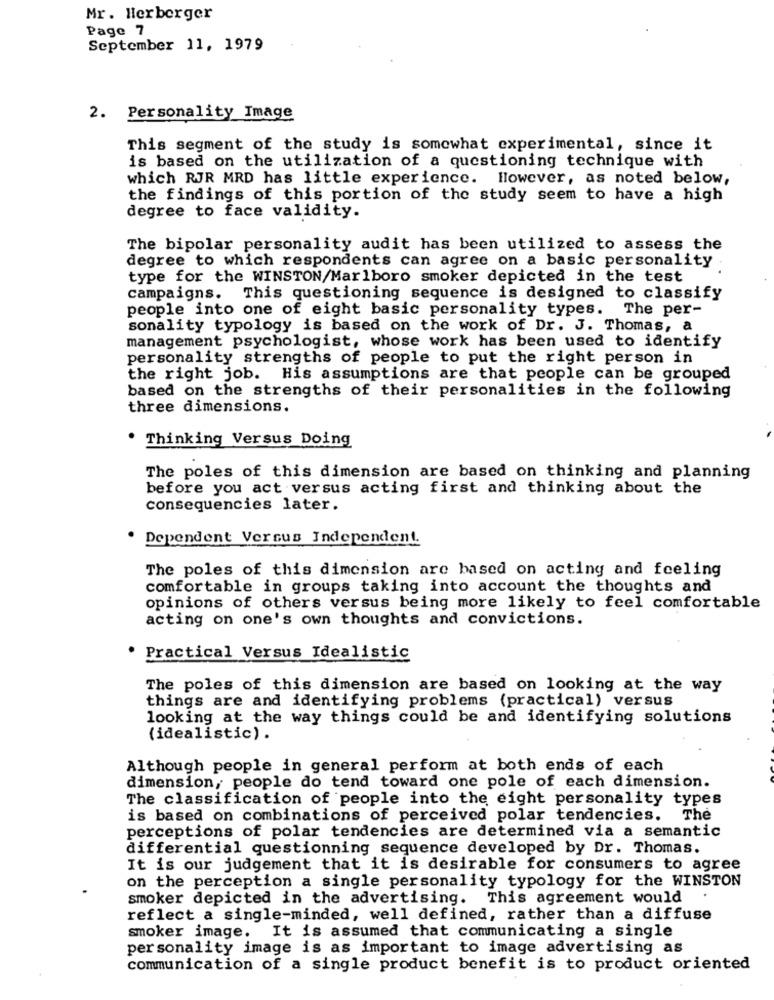
Mr. Herberger
Page 7
September 11, 1979
2. Personality Image
This segment of the study is somewhat experimental, since it
is based on the utilization of a questioning technique with
which RJR MRD has little experience. However, as noted below,
the findings of this portion of the study seem to have a high
degree to face validity.
The bipolar personality audit has been utilized to assess the
degree to which respondents can agree on a basic personality
type for the WINSTON/Marlboro smoker depicted in the test
campaigns. This questioning sequence is designed to classify
people into one of eight basic personality types. The per-
sonality typology is based on the work of Dr. J. Thomas, a
management psychologist, whose work has been used to identify
personality strengths of people to put the right person in
the right job. His assumptions are that people can be grouped
based on the strengths of their personalities in the following
three dimensions.
. Thinking Versus Doing
The poles of this dimension are based on thinking and planning
before you act versus acting first and thinking about the
consequencies later.
Dependent Versus Independent.
The poles of this dimension are based on acting and feeling
comfortable in groups taking into account the thoughts and
opinions of others versus being more likely to feel comfortable
acting on one's own thoughts and convictions.
Practical Versus Idealistic
The poles of this dimension are based on looking at the way
things are and identifying problems (practical) versus
looking at the way things could be and identifying solutions
(idealistic).
Although people in general perform at both ends of each
dimension, people do tend toward one pole of each dimension.
The classification of people into the eight personality types
is based on combinations of perceived polar tendencies.
The
perceptions of polar tendencies are determined via a semantic
differential questionning sequence developed by Dr. Thomas.
It is our judgement that it is desirable for consumers to agree
on the perception a single personality typology for the WINSTON
smoker depicted in the advertising. This agreement would
reflect a single-minded, well defined, rather than a diffuse
smoker image. It is assumed that communicating a single
personality image is as important to image advertising as
communication of a single product benefit is to product oriented